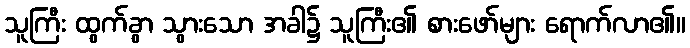
သူကြီး ထွက်ခွာ သွားသော အခါ၌ သူကြီး၏ စားဖော်များ ရောက်လာ၏။